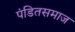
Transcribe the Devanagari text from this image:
पंडितसमाज